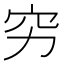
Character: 穷